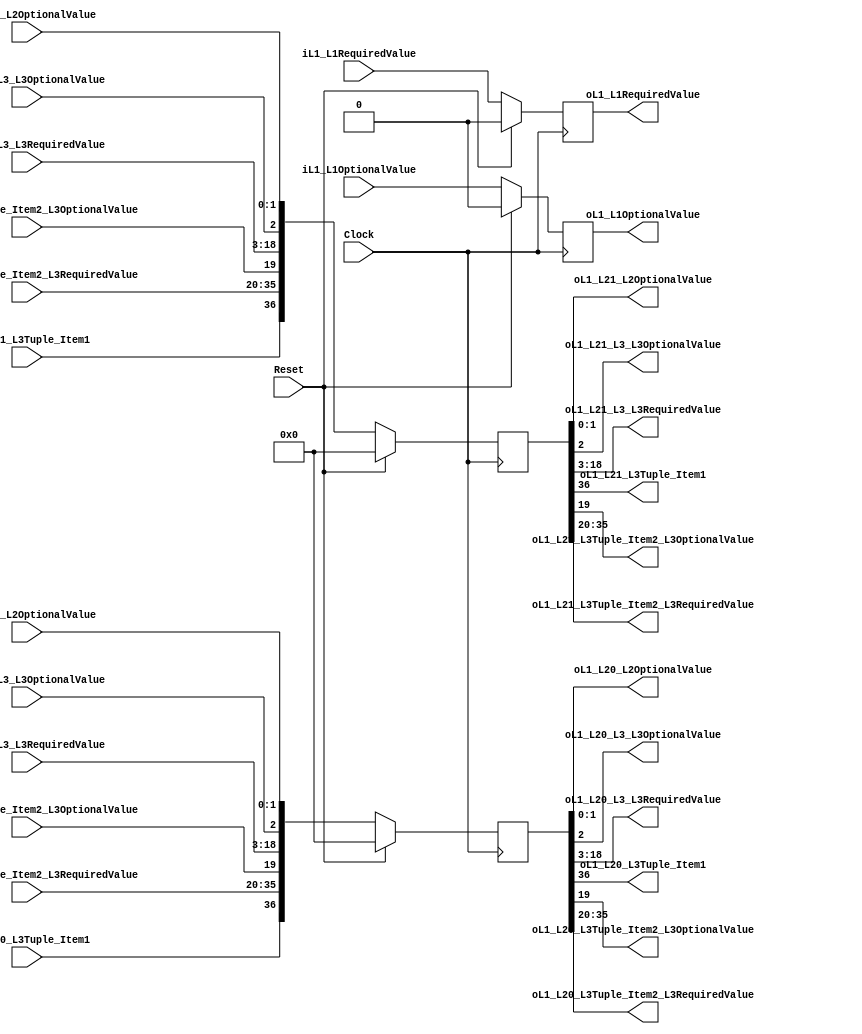
`timescale 1ns/1ps
`default_nettype none
// PLEASE READ THIS, IT MAY SAVE YOU SOME TIME AND MONEY, THANK YOU!
// * This file was generated by Quokka FPGA Toolkit.
// * Generated code is your property, do whatever you want with it
// * Place custom code between [BEGIN USER ***] and [END USER ***].
// * CAUTION: All code outside of [USER] scope is subject to regeneration.
// * Bad things happen sometimes in developer's life,
//   it is recommended to use source control management software (e.g. git, bzr etc) to keep your custom code safe'n'sound.
// * Internal structure of code is subject to change.
//   You can use some of signals in custom code, but most likely they will not exist in future (e.g. will get shorter or gone completely)
// * Please send your feedback, comments, improvement ideas etc. to evmuryshkin@gmail.com
// * Visit https://github.com/EvgenyMuryshkin/QuokkaEvaluation to access latest version of playground
//
// DISCLAIMER:
//   Code comes AS-IS, it is your responsibility to make sure it is working as expected
//   no responsibility will be taken for any loss or damage caused by use of Quokka toolkit.
//
// System configuration name is StructByMemberStateL2MembersModule_TopLevel, clock frequency is 1Hz, Top-level
// FSM summary
// -- Packages
module StructByMemberStateL2MembersModule_TopLevel
(
	// [BEGIN USER PORTS]
	// [END USER PORTS]
	input wire Clock,
	input wire Reset,
	input wire [0:0] iL1_L1OptionalValue,
	input wire iL1_L1RequiredValue,
	input wire [1:0] iL1_L20_L2OptionalValue,
	input wire iL1_L20_L3_L3OptionalValue,
	input wire signed [15:0] iL1_L20_L3_L3RequiredValue,
	input wire iL1_L20_L3Tuple_Item1,
	input wire iL1_L20_L3Tuple_Item2_L3OptionalValue,
	input wire signed [15:0] iL1_L20_L3Tuple_Item2_L3RequiredValue,
	input wire [1:0] iL1_L21_L2OptionalValue,
	input wire iL1_L21_L3_L3OptionalValue,
	input wire signed [15:0] iL1_L21_L3_L3RequiredValue,
	input wire iL1_L21_L3Tuple_Item1,
	input wire iL1_L21_L3Tuple_Item2_L3OptionalValue,
	input wire signed [15:0] iL1_L21_L3Tuple_Item2_L3RequiredValue,
	output wire [0:0] oL1_L1OptionalValue,
	output wire oL1_L1RequiredValue,
	output wire [1:0] oL1_L20_L2OptionalValue,
	output wire oL1_L20_L3_L3OptionalValue,
	output wire signed [15:0] oL1_L20_L3_L3RequiredValue,
	output wire oL1_L20_L3Tuple_Item1,
	output wire oL1_L20_L3Tuple_Item2_L3OptionalValue,
	output wire signed [15:0] oL1_L20_L3Tuple_Item2_L3RequiredValue,
	output wire [1:0] oL1_L21_L2OptionalValue,
	output wire oL1_L21_L3_L3OptionalValue,
	output wire signed [15:0] oL1_L21_L3_L3RequiredValue,
	output wire oL1_L21_L3Tuple_Item1,
	output wire oL1_L21_L3Tuple_Item2_L3OptionalValue,
	output wire signed [15:0] oL1_L21_L3Tuple_Item2_L3RequiredValue
);
	// [BEGIN USER SIGNALS]
	// [END USER SIGNALS]
	localparam HiSignal = 1'b1;
	localparam LoSignal = 1'b0;
	wire Zero = 1'b0;
	wire One = 1'b1;
	wire true = 1'b1;
	wire false = 1'b0;
	wire [36: 0] State_sL1_L2Default = 37'b0000000000000000000000000000000000000;
	wire [0: 0] Inputs_iL1_L1OptionalValue;
	wire Inputs_iL1_L1RequiredValue;
	reg [0: 0] NextState_sL1_L1OptionalValue;
	reg NextState_sL1_L1RequiredValue;
	wire [36: 0] StructByMemberStateModule_L47F17L52T18_Object;
	reg [0: 0] State_sL1_L1OptionalValue = 1'b0;
	wire [0: 0] State_sL1_L1OptionalValueDefault = 1'b0;
	reg State_sL1_L1RequiredValue = 1'b0;
	wire State_sL1_L1RequiredValueDefault = 1'b0;
	wire [36 : 0] Inputs_iL1_L2 [0 : 1];
	integer State_sL1_L2_Iterator;
	reg [36 : 0] State_sL1_L2 [0 : 1];
	initial
	begin : Init_State_sL1_L2
		for (State_sL1_L2_Iterator = 0; State_sL1_L2_Iterator < 2; State_sL1_L2_Iterator = State_sL1_L2_Iterator + 1)
			State_sL1_L2[State_sL1_L2_Iterator] = 0;
	end
	integer NextState_sL1_L2_Iterator;
	reg [36 : 0] NextState_sL1_L2 [0 : 1];
	initial
	begin : Init_NextState_sL1_L2
		for (NextState_sL1_L2_Iterator = 0; NextState_sL1_L2_Iterator < 2; NextState_sL1_L2_Iterator = NextState_sL1_L2_Iterator + 1)
			NextState_sL1_L2[NextState_sL1_L2_Iterator] = 0;
	end
	wire [36 : 0] StructByMemberStateModule_L44F18L53T14_Enumerable [0 : 1];
	always @ (posedge Clock)
	begin
		if ((Reset == 1))
		begin
			State_sL1_L1OptionalValue <= State_sL1_L1OptionalValueDefault;
			State_sL1_L1RequiredValue <= State_sL1_L1RequiredValueDefault;
		end
		else
		begin
			State_sL1_L1OptionalValue <= NextState_sL1_L1OptionalValue;
			State_sL1_L1RequiredValue <= NextState_sL1_L1RequiredValue;
		end
	end
	always @ (posedge Clock)
	begin
		if ((Reset == 1))
		begin
			for (State_sL1_L2_Iterator = 0; (State_sL1_L2_Iterator < 2); State_sL1_L2_Iterator = (State_sL1_L2_Iterator + 1))
			begin
				State_sL1_L2[State_sL1_L2_Iterator] <= State_sL1_L2Default;
			end
		end
		else
		begin
			for (State_sL1_L2_Iterator = 0; (State_sL1_L2_Iterator < 2); State_sL1_L2_Iterator = (State_sL1_L2_Iterator + 1))
			begin
				State_sL1_L2[State_sL1_L2_Iterator] <= NextState_sL1_L2[State_sL1_L2_Iterator];
			end
		end
	end
	always @ (*)
	begin
		NextState_sL1_L2_Iterator = 0;
		for (NextState_sL1_L2_Iterator = 0; (NextState_sL1_L2_Iterator < 2); NextState_sL1_L2_Iterator = (NextState_sL1_L2_Iterator + 1))
		begin
			NextState_sL1_L2[NextState_sL1_L2_Iterator] = State_sL1_L2[NextState_sL1_L2_Iterator];
		end
		NextState_sL1_L1OptionalValue = State_sL1_L1OptionalValue;
		NextState_sL1_L1RequiredValue = State_sL1_L1RequiredValue;
		NextState_sL1_L1OptionalValue = Inputs_iL1_L1OptionalValue;
		NextState_sL1_L1RequiredValue = Inputs_iL1_L1RequiredValue;
		NextState_sL1_L2[0] = Inputs_iL1_L2[0];
		NextState_sL1_L2[1] = Inputs_iL1_L2[1];
	end
	assign Inputs_iL1_L1OptionalValue = iL1_L1OptionalValue;
	assign Inputs_iL1_L1RequiredValue = iL1_L1RequiredValue;
	assign Inputs_iL1_L2[0][36] = iL1_L20_L3Tuple_Item1;
	assign Inputs_iL1_L2[0][35:20] = iL1_L20_L3Tuple_Item2_L3RequiredValue;
	assign Inputs_iL1_L2[0][19] = iL1_L20_L3Tuple_Item2_L3OptionalValue;
	assign Inputs_iL1_L2[0][18:3] = iL1_L20_L3_L3RequiredValue;
	assign Inputs_iL1_L2[0][2] = iL1_L20_L3_L3OptionalValue;
	assign Inputs_iL1_L2[0][1:0] = iL1_L20_L2OptionalValue;
	assign Inputs_iL1_L2[1][36] = iL1_L21_L3Tuple_Item1;
	assign Inputs_iL1_L2[1][35:20] = iL1_L21_L3Tuple_Item2_L3RequiredValue;
	assign Inputs_iL1_L2[1][19] = iL1_L21_L3Tuple_Item2_L3OptionalValue;
	assign Inputs_iL1_L2[1][18:3] = iL1_L21_L3_L3RequiredValue;
	assign Inputs_iL1_L2[1][2] = iL1_L21_L3_L3OptionalValue;
	assign Inputs_iL1_L2[1][1:0] = iL1_L21_L2OptionalValue;
	assign StructByMemberStateModule_L47F17L52T18_Object[1:0] = State_sL1_L2[1][1:0];
	assign StructByMemberStateModule_L47F17L52T18_Object[18:2] = State_sL1_L2[1][18:2];
	assign StructByMemberStateModule_L47F17L52T18_Object[36:19] = State_sL1_L2[1][36:19];
	assign StructByMemberStateModule_L44F18L53T14_Enumerable[0] = State_sL1_L2[0];
	assign StructByMemberStateModule_L44F18L53T14_Enumerable[1] = StructByMemberStateModule_L47F17L52T18_Object;
	assign oL1_L1OptionalValue = State_sL1_L1OptionalValue;
	assign oL1_L1RequiredValue = State_sL1_L1RequiredValue;
	assign oL1_L20_L3Tuple_Item1 = StructByMemberStateModule_L44F18L53T14_Enumerable[0][36];
	assign oL1_L20_L3Tuple_Item2_L3RequiredValue = StructByMemberStateModule_L44F18L53T14_Enumerable[0][35:20];
	assign oL1_L20_L3Tuple_Item2_L3OptionalValue = StructByMemberStateModule_L44F18L53T14_Enumerable[0][19];
	assign oL1_L20_L3_L3RequiredValue = StructByMemberStateModule_L44F18L53T14_Enumerable[0][18:3];
	assign oL1_L20_L3_L3OptionalValue = StructByMemberStateModule_L44F18L53T14_Enumerable[0][2];
	assign oL1_L20_L2OptionalValue = StructByMemberStateModule_L44F18L53T14_Enumerable[0][1:0];
	assign oL1_L21_L3Tuple_Item1 = StructByMemberStateModule_L44F18L53T14_Enumerable[1][36];
	assign oL1_L21_L3Tuple_Item2_L3RequiredValue = StructByMemberStateModule_L44F18L53T14_Enumerable[1][35:20];
	assign oL1_L21_L3Tuple_Item2_L3OptionalValue = StructByMemberStateModule_L44F18L53T14_Enumerable[1][19];
	assign oL1_L21_L3_L3RequiredValue = StructByMemberStateModule_L44F18L53T14_Enumerable[1][18:3];
	assign oL1_L21_L3_L3OptionalValue = StructByMemberStateModule_L44F18L53T14_Enumerable[1][2];
	assign oL1_L21_L2OptionalValue = StructByMemberStateModule_L44F18L53T14_Enumerable[1][1:0];
	// [BEGIN USER ARCHITECTURE]
	// [END USER ARCHITECTURE]
endmodule